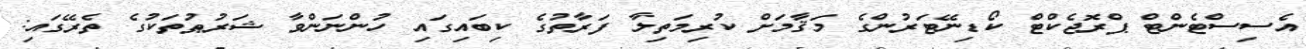
އެސިސްޓެންޓް ޕްރޮޖެކްޓް ކޯޑިނޭޓަރުންގެ މަޤާމަށް ކުރިމަތިލާ ފަރާތުގެ ކިބައިގައި ހުންނަންވާ ޝަރުޠުތަކުގެ ތެރޭގައި: